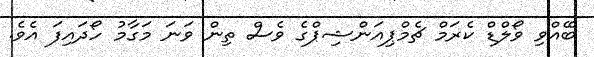
ބޭއްވި ވޯލްޑް ކެރަމް ޗެމްޕިއަންޝިޕްގެ ވެސް ތިން ވަނަ މަގާމު ހޯދައިފަ އެވެ.